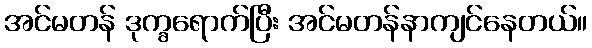
အင်မတန် ဒုက္ခရောက်ပြီး အင်မတန်နာကျင်နေတယ်။